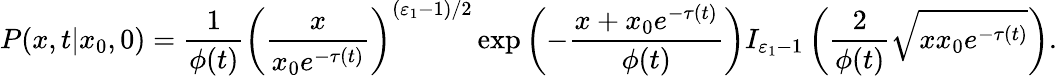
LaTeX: P(x,t|x_{0},0)=\frac{1}{\phi(t)}\left(\frac{x}{x_{0}e^{-\tau(t)}}\right)^{(\varepsilon_{1}-1)/2}\exp\left(-\frac{x+x_{0}e^{-\tau(t)}}{\phi(t)}\right)I_{\varepsilon_{1}-1}\left(\frac{2}{\phi(t)}\sqrt{xx_{0}e^{-\tau(t)}}\right).